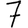
Digit: 7